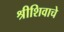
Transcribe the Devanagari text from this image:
श्रीशिवाचे